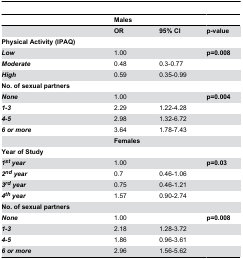
|  | Males |  |  |
 | --- | --- | --- | --- |
 |  | OR | 95% CI | p-value |
 | Physical Activity (IPAQ) |  |  |  |
 | Low | 1.00 |  | p=0.008 |
 | Moderate | 0.48 | 0.3-0.77 |  |
 | High | 0.59 | 0.35-0.99 |  |
 | No. of sexual partners |  |  |  |
 | None | 1.00 |  | p=0.004 |
 | 1-3 | 2.29 | 1.22-4.28 |  |
 | 4-5 | 2.98 | 1.32-6.72 |  |
 | 6ormore | 3.64 | 1.78-7.43 |  |
 |  | Females |  |  |
 | Year of Study |  |  |  |
 | 1styear | 1.00 |  | p=0.03 |
 | 2ndyear | 0.7 | 0.46-1.06 |  |
 | 3rdyear | 0.75 | 0.46-1.21 |  |
 | 4thyear | 1.57 | 0.90-2.74 |  |
 | No. of sexual partners |  |  |  |
 | None | 1.00 |  | p=0.008 |
 | 1-3 | 2.18 | 1.28-3.72 |  |
 | 4-5 | 1.86 | 0.96-3.61 |  |
 | 6ormore | 2.96 | 1.56-5.62 |  |